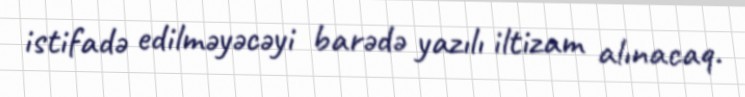
istifadə edilməyəcəyi barədə yazılı iltizam alınacaq.